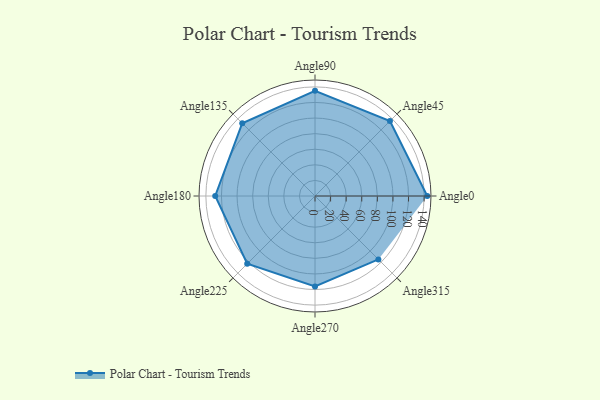
{"axis": {"x": "Angle", "y": "Radius"}, "legend": [""], "data": [{"x": "Angle0", "y": 144.0, "type": ""}, {"x": "Angle45", "y": 136.0, "type": ""}, {"x": "Angle90", "y": 135.0, "type": ""}, {"x": "Angle135", "y": 132.0, "type": ""}, {"x": "Angle180", "y": 128.0, "type": ""}, {"x": "Angle225", "y": 123.0, "type": ""}, {"x": "Angle270", "y": 116.0, "type": ""}, {"x": "Angle315", "y": 115.0, "type": ""}]}